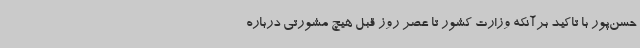
حسن‌پور با تاکید برآنکه وزارت کشور تا عصر روز قبل هیچ مشورتی درباره